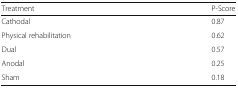
<table><thead><tr><td><b>Treatment</b></td><td><b>P-Score</b></td></tr></thead><tbody><tr><td>Cathodal</td><td>0.87</td></tr><tr><td>Physical rehabilitation</td><td>0.62</td></tr><tr><td>Dual</td><td>0.57</td></tr><tr><td>Anodal</td><td>0.25</td></tr><tr><td>Sham</td><td>0.18</td></tr></tbody></table>